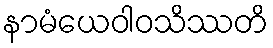
နာမံယေဝါဝသိဿတိ